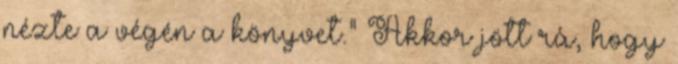
nézte a végén a könyvet.” Akkor jött rá, hogy